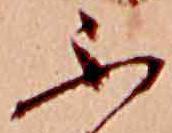
ふ